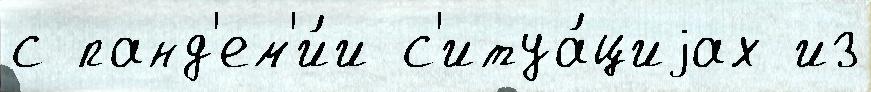
с панд'ем'и́и с'итуа́циjах из